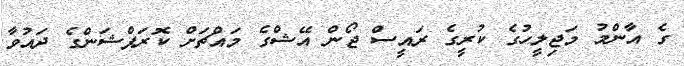
ގެ އާންމު މަޖިލީހުގެ ކުރީގެ ރައީސް ޖޯން އޭޝްގެ މައްޗަށް ކޮރަޕްޝަންގެ ދައުވާ